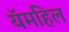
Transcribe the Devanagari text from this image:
यॅमहिल